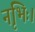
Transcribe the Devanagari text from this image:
नृभिः।